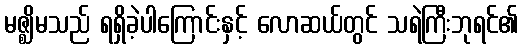
မဇ္ဈိမသည် ရရှိခဲ့ပါကြောင်းနှင့် လောဆယ်တွင် သရဲကြီးဘုရင်၏